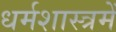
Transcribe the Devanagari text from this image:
धर्मशास्त्रमें